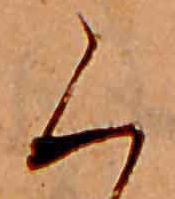
く